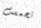
تحمست